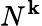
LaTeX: N^{\mathbf{k}}